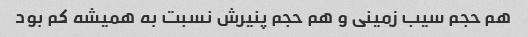
هم حجم سیب زمینی و هم حجم پنیرش نسبت به همیشه کم بود